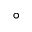
\circ